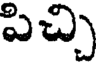
పిచ్చి